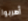
أهربوا